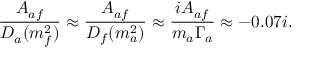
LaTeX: \frac { A _ { a f } } { D _ { a } ( m _ { f } ^ { 2 } ) } \approx \frac { A _ { a f } } { D _ { f } ( m _ { a } ^ { 2 } ) } \approx \frac { i A _ { a f } } { m _ { a } \Gamma _ { a } } \approx - 0 . 0 7 i .